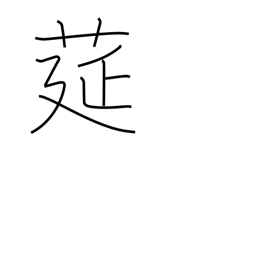
Meaning: straw mat